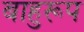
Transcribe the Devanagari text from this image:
बाहुरूप